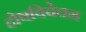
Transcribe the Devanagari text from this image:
दोषविवेचन